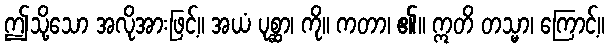
ဤသို့သော အလိုအားဖြင့်။ အယံ ပုစ္ဆာ၊ ကို။ ကတာ၊ ၏။ ဣတိ တသ္မာ၊ ကြောင့်။